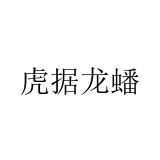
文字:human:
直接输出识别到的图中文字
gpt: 虎据龙蟠